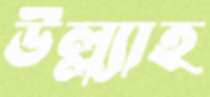
উল্ল্যাহ